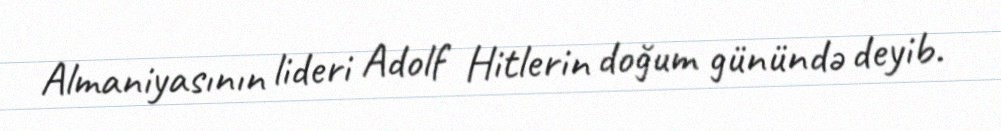
Almaniyasının lideri Adolf Hitlerin doğum günündə deyib.